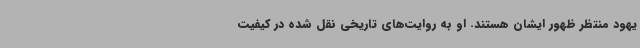
یهود منتظر ظهور ایشان هستند. او به روایت‌های تاریخی نقل شده در کیفیت